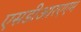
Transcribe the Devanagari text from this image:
एसडीआरएएम